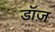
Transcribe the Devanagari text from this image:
डॉज़